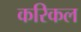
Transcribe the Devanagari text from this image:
करिकल